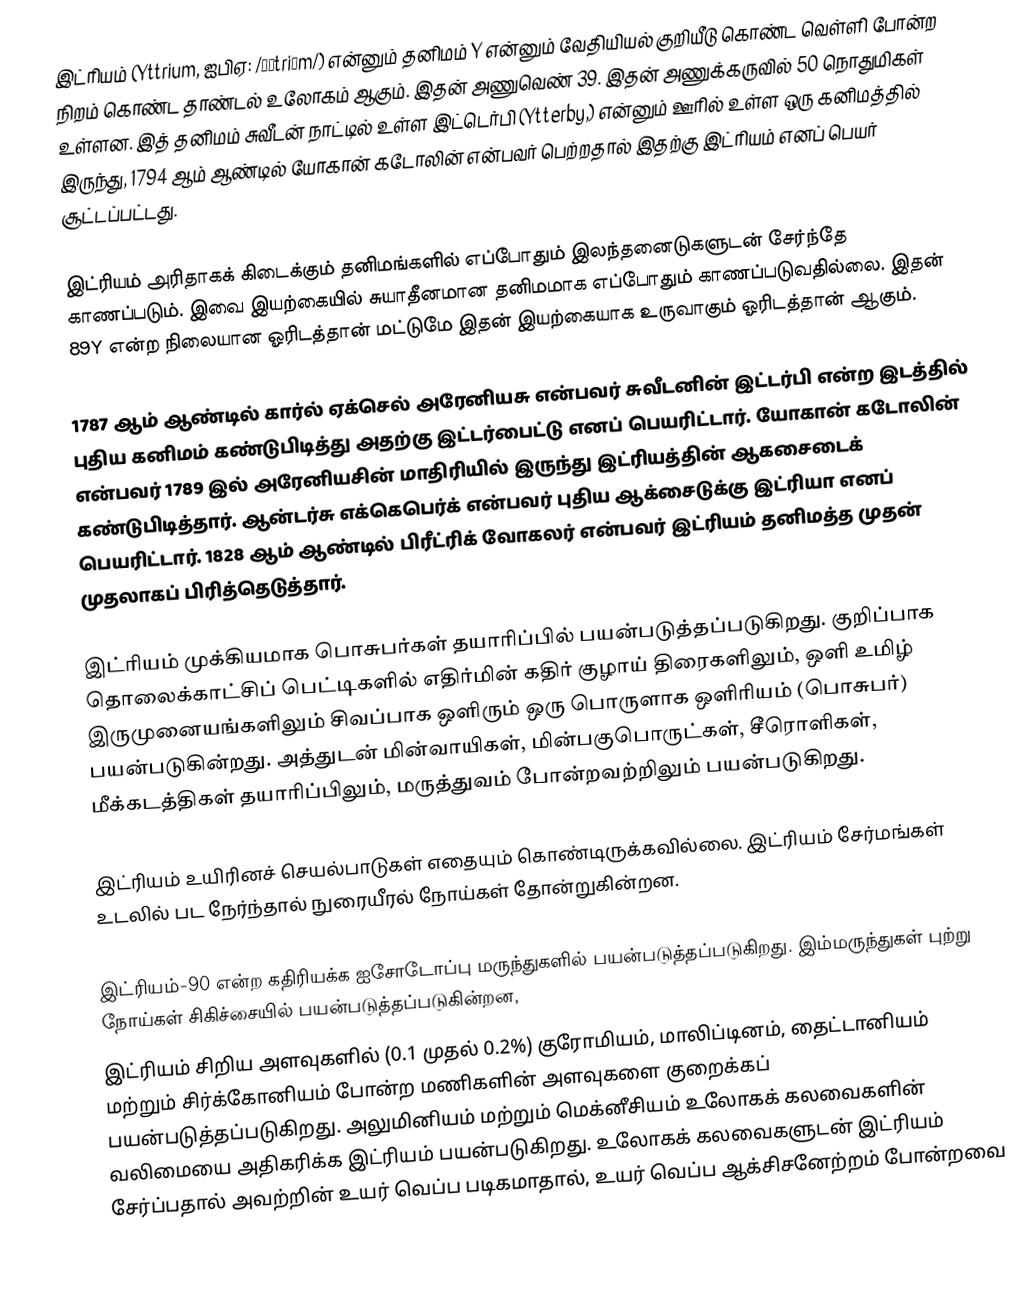
இட்ரியம் (Yttrium, ஐபிஏ: /ɪˈtriəm/) என்னும் தனிமம் Y என்னும் வேதியியல் குறியீடு கொண்ட வெள்ளி போன்ற நிறம் கொண்ட தாண்டல் உலோகம் ஆகும். இதன் அணுவெண் 39. இதன் அணுக்கருவில் 50 நொதுமிகள் உள்ளன. இத் தனிமம் சுவீடன் நாட்டில் உள்ள இட்டெர்பி (Ytterby,) என்னும் ஊரில் உள்ள ஒரு கனிமத்தில் இருந்து, 1794 ஆம் ஆண்டில் யோகான் கடோலின் என்பவர் பெற்றதால் இதற்கு இட்ரியம் எனப் பெயர் சூட்டப்பட்டது.

இட்ரியம் அரிதாகக் கிடைக்கும் தனிமங்களில் எப்போதும் இலந்தனைடுகளுடன் சேர்ந்தே காணப்படும். இவை இயற்கையில் சுயாதீனமான தனிமமாக எப்போதும் காணப்படுவதில்லை. இதன் 89Y என்ற நிலையான ஓரிடத்தான் மட்டுமே இதன் இயற்கையாக உருவாகும் ஓரிடத்தான் ஆகும்.

1787 ஆம் ஆண்டில் கார்ல் ஏக்செல் அரேனியசு என்பவர் சுவீடனின் இட்டர்பி என்ற இடத்தில் புதிய கனிமம் கண்டுபிடித்து அதற்கு இட்டர்பைட்டு எனப் பெயரிட்டார். யோகான் கடோலின் என்பவர் 1789 இல் அரேனியசின் மாதிரியில் இருந்து இட்ரியத்தின் ஆகசைடைக் கண்டுபிடித்தார். ஆன்டர்சு எக்கெபெர்க் என்பவர் புதிய ஆக்சைடுக்கு இட்ரியா எனப் பெயரிட்டார். 1828 ஆம் ஆண்டில் பிரீட்ரிக் வோகலர் என்பவர் இட்ரியம் தனிமத்த முதன் முதலாகப் பிரித்தெடுத்தார்.

இட்ரியம் முக்கியமாக பொசுபர்கள் தயாரிப்பில் பயன்படுத்தப்படுகிறது. குறிப்பாக தொலைக்காட்சிப் பெட்டிகளில் எதிர்மின் கதிர் குழாய் திரைகளிலும், ஒளி உமிழ் இருமுனையங்களிலும் சிவப்பாக ஒளிரும் ஒரு பொருளாக ஒளிரியம் (பொசுபர்) பயன்படுகின்றது. அத்துடன் மின்வாயிகள், மின்பகுபொருட்கள், சீரொளிகள், மீக்கடத்திகள் தயாரிப்பிலும், மருத்துவம் போன்றவற்றிலும் பயன்படுகிறது.

இட்ரியம் உயிரினச் செயல்பாடுகள் எதையும் கொண்டிருக்கவில்லை. இட்ரியம் சேர்மங்கள் உடலில் பட நேர்ந்தால் நுரையீரல் நோய்கள் தோன்றுகின்றன.

இட்ரியம்-90 என்ற கதிரியக்க ஐசோடோப்பு மருந்துகளில் பயன்படுத்தப்படுகிறது. இம்மருந்துகள் புற்று நோய்கள் சிகிச்சையில் பயன்படுத்தப்படுகின்றன,
இட்ரியம் சிறிய  அளவுகளில்  (0.1 முதல் 0.2%) குரோமியம், மாலிப்டினம், தைட்டானியம் மற்றும் சிர்க்கோனியம் போன்ற மணிகளின்  அளவுகளை குறைக்கப் பயன்படுத்தப்படுகிறது. அலுமினியம் மற்றும் மெக்னீசியம் உலோகக் கலவைகளின்  வலிமையை அதிகரிக்க இட்ரியம் பயன்படுகிறது. உலோகக் கலவைகளுடன் இட்ரியம் சேர்ப்பதால் அவற்றின் உயர் வெப்ப படிகமாதால், உயர் வெப்ப ஆக்சிசனேற்றம் போன்றவை